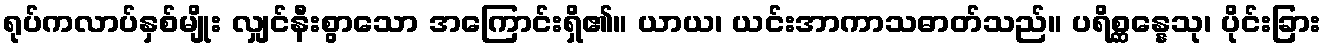
ရုပ်ကလာပ်နှစ်မျိုး လျှင်နီးစွာသော အကြောင်းရှိ၏။ ယာယ၊ ယင်းအာကာသဓာတ်သည်။ ပရိစ္ဆန္နေသု၊ ပိုင်းခြား